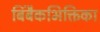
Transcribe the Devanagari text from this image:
बिंबैकभिक्तिका